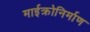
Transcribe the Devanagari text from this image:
माईक्रोनिर्माण